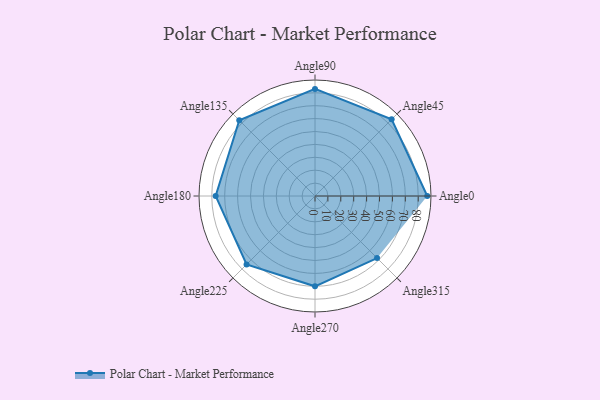
{"axis": {"x": "Angle", "y": "Radius"}, "legend": [""], "data": [{"x": "Angle0", "y": 87.0, "type": ""}, {"x": "Angle45", "y": 84.0, "type": ""}, {"x": "Angle90", "y": 83.0, "type": ""}, {"x": "Angle135", "y": 83.0, "type": ""}, {"x": "Angle180", "y": 77.0, "type": ""}, {"x": "Angle225", "y": 75.0, "type": ""}, {"x": "Angle270", "y": 70.0, "type": ""}, {"x": "Angle315", "y": 68.0, "type": ""}]}